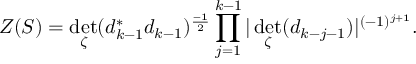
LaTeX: Z ( { \cal S } ) = \operatorname * { d e t } _ { \zeta } ( d _ { k - 1 } ^ { * } d _ { k - 1 } ) ^ { \frac { - 1 } { 2 } } \prod _ { j = 1 } ^ { k - 1 } \vert \operatorname * { d e t } _ { \zeta } ( d _ { k - j - 1 } ) \vert ^ { ( - 1 ) ^ { j + 1 } } .